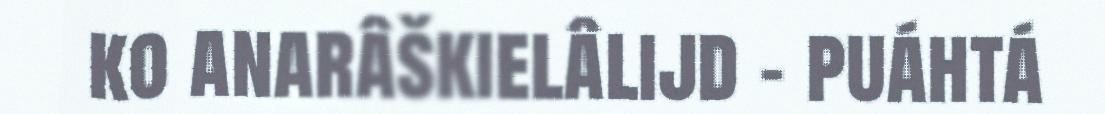
ko anarâškielâlijd – puáhtá